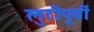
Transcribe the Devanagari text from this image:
लुटीपूर्वी